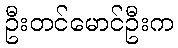
ဦးတင်မောင်ဦးက